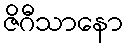
ဇိဂီသာနော